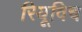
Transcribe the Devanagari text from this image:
रियूविच